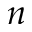
n